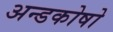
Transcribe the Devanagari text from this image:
अन्डकोषो